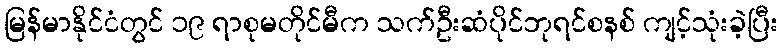
မြန်မာနိုင်ငံတွင် ၁၉ ရာစုမတိုင်မီက သက်ဦးဆံပိုင်ဘုရင်စနစ် ကျင့်သုံးခဲ့ပြီး